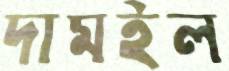
দামইল